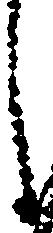
し